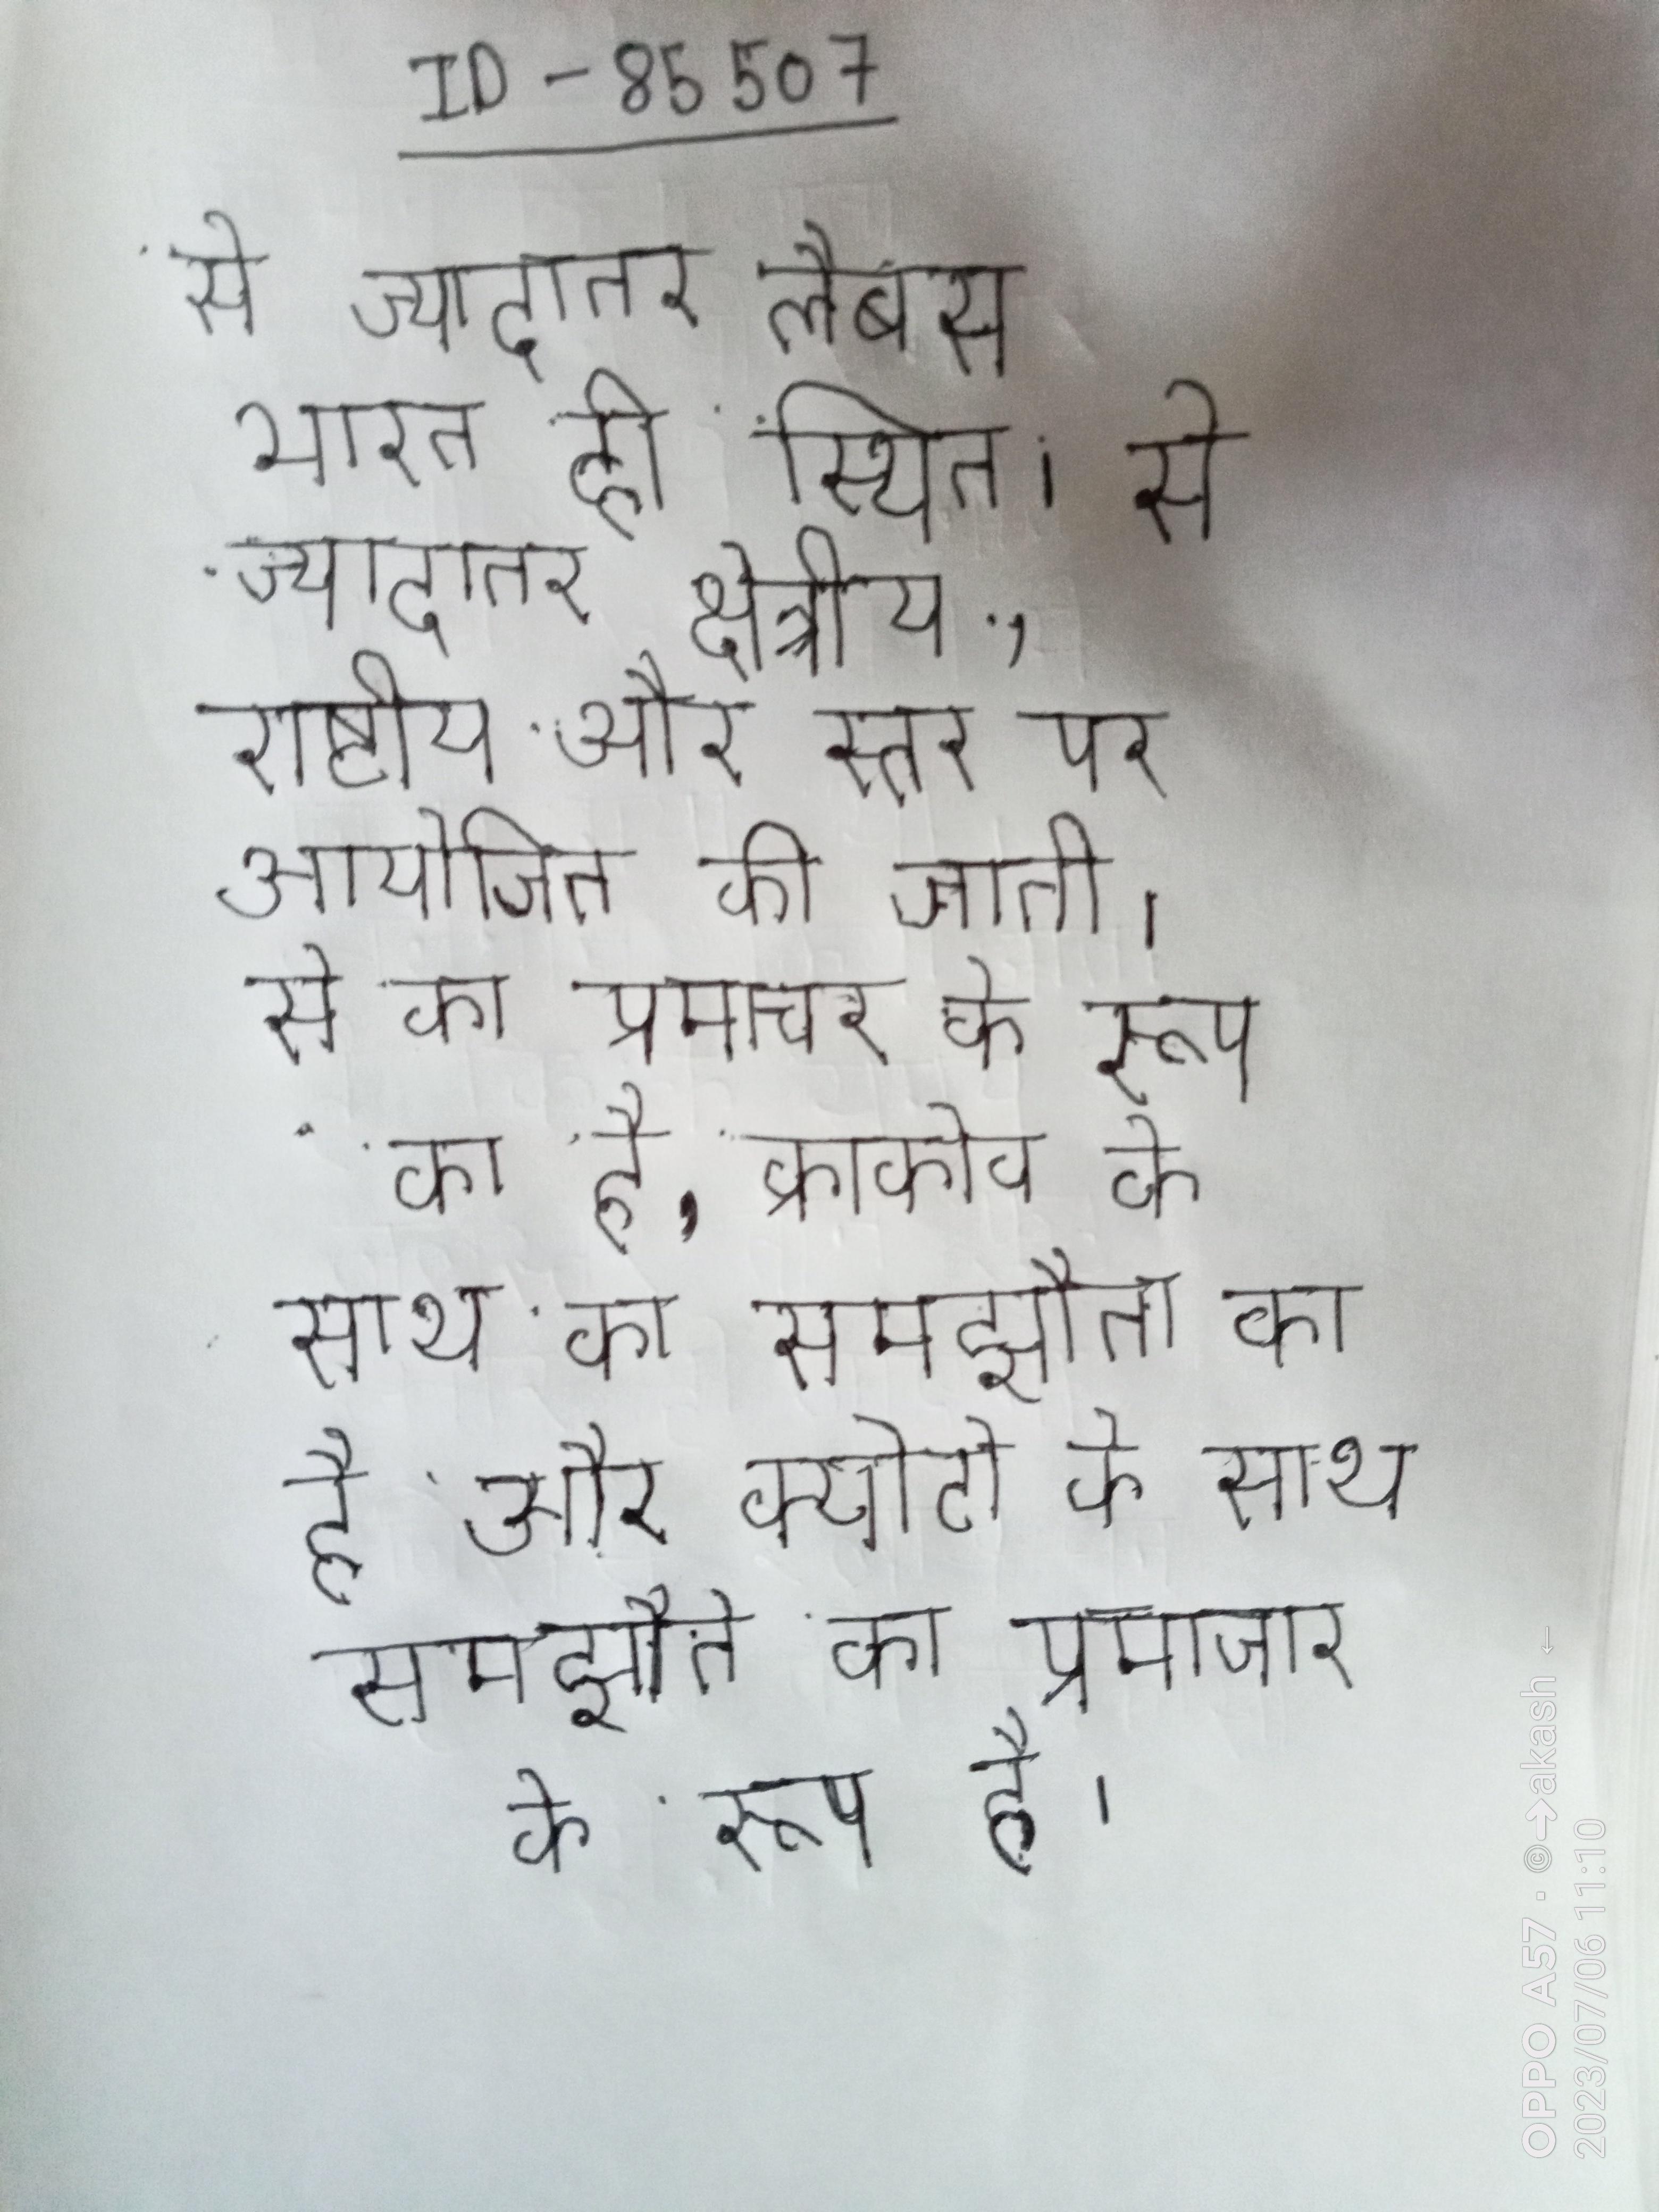
से ज्यादातर लैबस भारत ही स्थित । से ज्यादातर क्षेत्रीय, राष्ट्रीय और स्तर पर आयोजित की जाती । से का प्रमाचार के रूप का है, क्राकोव के साथ का समझौता का है और क्योटो के साथ समझौते का प्रमाचार के रूप है ।